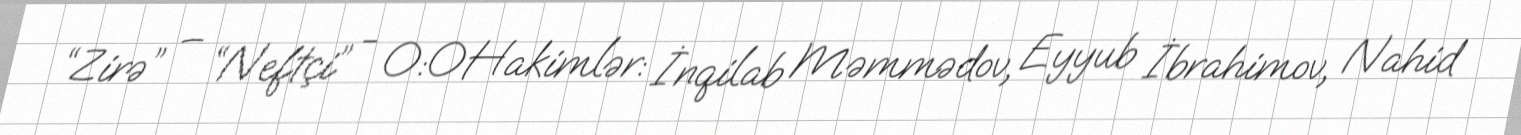
“Zirə” – “Neftçi” - 0:0Hakimlər: İnqilab Məmmədov, Eyyub İbrahimov, Nahid